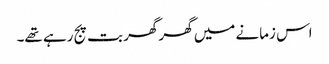
اس زمانے میں گھر گھر بت پج رہے تھے۔